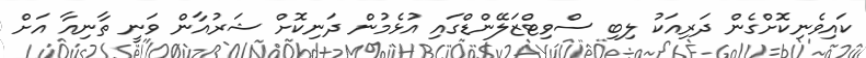
ކައިވެނިކޮށްގެން ދަރިއަކު ލިބި ސްވިޓްޒަލޭންޑްގައި އުޅެމުން ދަނިކޮށް ޝަރުއާން ވަނީ ތާނިއާ އަށް